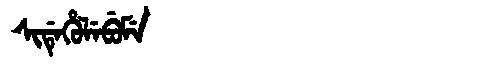
Manchu: ᠰᡳᡩᡝᡥᡠᠯᡝᠪᡠᠮᡝ
Romanization: SIDEHULEBUME